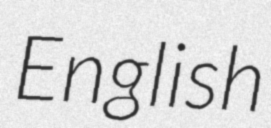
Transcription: English